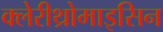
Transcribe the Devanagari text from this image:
क्लेरीथ्रोमाइसिन